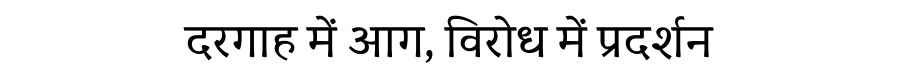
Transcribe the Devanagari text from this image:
दरगाह में आग, विरोध में प्रदर्शन